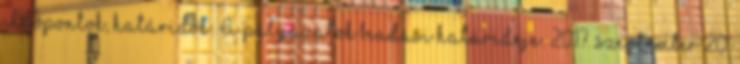
Időpontok, határidők: A pályázatok beadási határideje: 2017. szeptember 20.